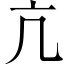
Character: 亢